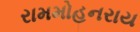
રામમોહનરાય